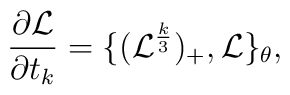
\frac{\partial {\mathcal L}}{\partial t_{k}}=\{({\mathcal L}^{\frac{k}{3}})_{+} ,{\mathcal L}\}_{\theta},